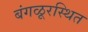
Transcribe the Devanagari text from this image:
बंगळूरस्थित